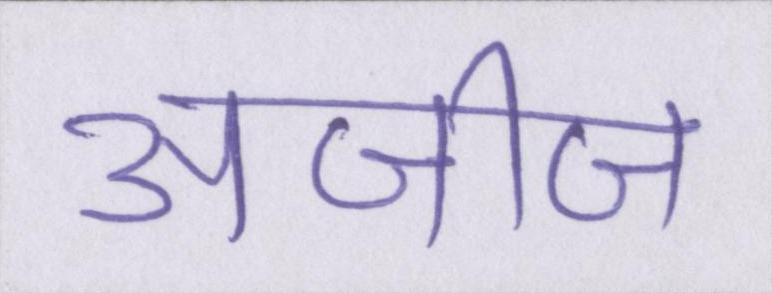
अजीज